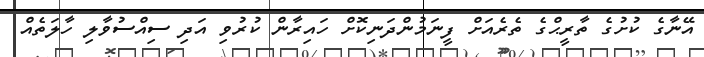
އޭނާގެ ކުށުގެ ތާރީޙްގެ ތެރެއަށް ފީނަމުންދަނިކޮށް ހައިރާން ކުރުވި އަދި ސިއްސުވާލި ހާލަތެއް